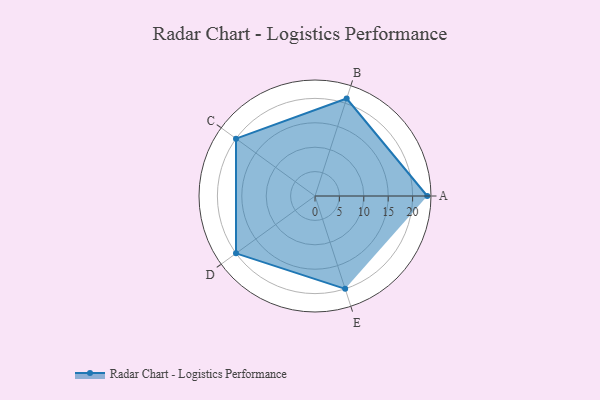
{"axis": {"x": "Skill", "y": "Score"}, "legend": ["Profile"], "data": [{"x": "A", "y": 23.0, "type": "Profile"}, {"x": "B", "y": 21.0, "type": "Profile"}, {"x": "C", "y": 20, "type": "Profile"}, {"x": "D", "y": 20, "type": "Profile"}, {"x": "E", "y": 20, "type": "Profile"}]}